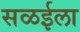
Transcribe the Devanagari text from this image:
सळईला